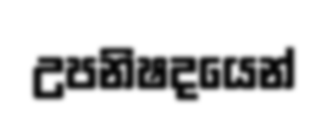
උපනිෂදයෙන්